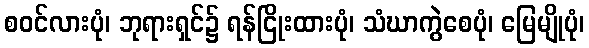
စဝင်လားပုံ၊ ဘုရားရှင်၌ ရန်ငြိုးထားပုံ၊ သံဃာကွဲစေပုံ၊ မြေမျိုပုံ၊